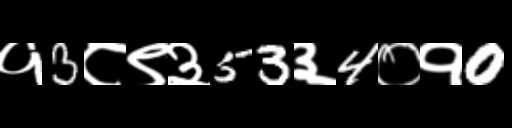
Text: १3८९३53३4०१0